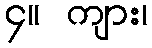
၄။ ကျား၊